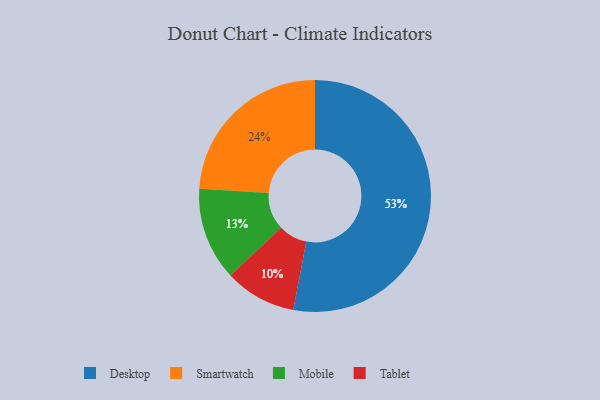
{"axis": {"x": "Category", "y": "Percentage"}, "legend": ["Desktop", "Mobile", "Smartwatch", "Tablet"], "data": [{"x": "Tablet", "y": 10, "type": "Tablet"}, {"x": "Mobile", "y": 13, "type": "Mobile"}, {"x": "Desktop", "y": 53, "type": "Desktop"}, {"x": "Smartwatch", "y": 24, "type": "Smartwatch"}]}